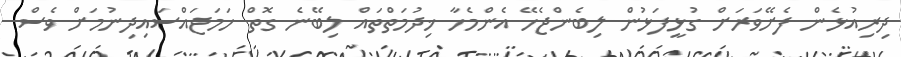
ދިރިއުޅެން ފެށޭވަރަށް ގުޅީފަޅުން ލިބެންޖެހޭ އެންމެހާ ޚިދުމަތްތައް ލިބޭނެ ގޮތް ހަމަޖައްސައިދިނުމަށް ވެސް